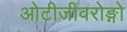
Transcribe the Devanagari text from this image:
ओटीजीवरोङ्गो